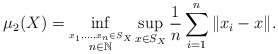
\begin{align*}\mu_2(X) = \inf_{\overset{x_1,\ldots,x_n \in S_X}{n \in \mathbb{N}}}\sup_{x \in S_X} \frac{1}{n} \sum_{i=1}^n \|x_i - x\|.\end{align*}